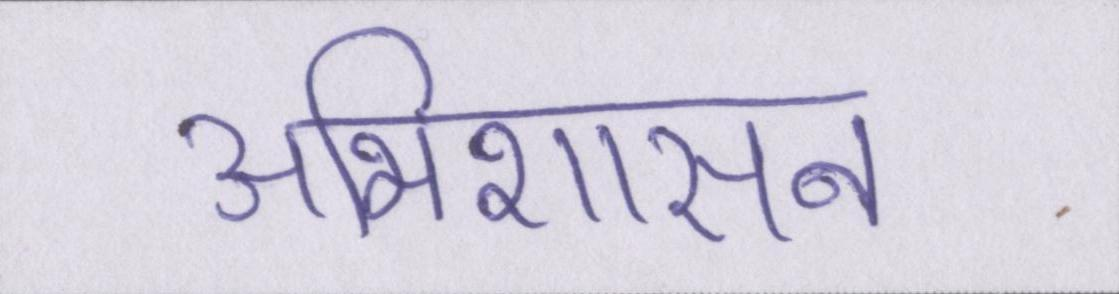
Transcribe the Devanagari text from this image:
अभिशासन